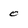
Character: 0